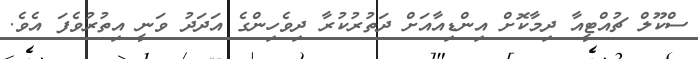
ސްކޫލް ޗުއްޓީއާ ދިމާކޮށް އިންޑިއާއަށް ދަތުރުކުރާ ދިވެހިންގެ އަދަދު ވަނީ އިތުރުވެފަ އެވެ.